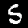
Label: 5